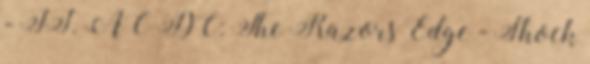
- II. AC DC: The Razors Edge - Shock